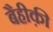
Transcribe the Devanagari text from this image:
बैहीक़ी